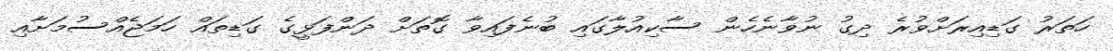
ހަތަރު ގަޑިއިރަށްވުރެ ދިގު ނުވާނެހެން ސާކިއުލާގައި ބުނެފައިވާ ގޮތަށް ދަންފަޅީގެ ގަޑިތައް ހަމަޖެއްސުމަށާއި